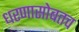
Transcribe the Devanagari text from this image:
धरणासोबतच